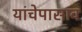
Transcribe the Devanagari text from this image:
यांचेपासाव